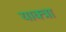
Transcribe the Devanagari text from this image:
याक्त्रा